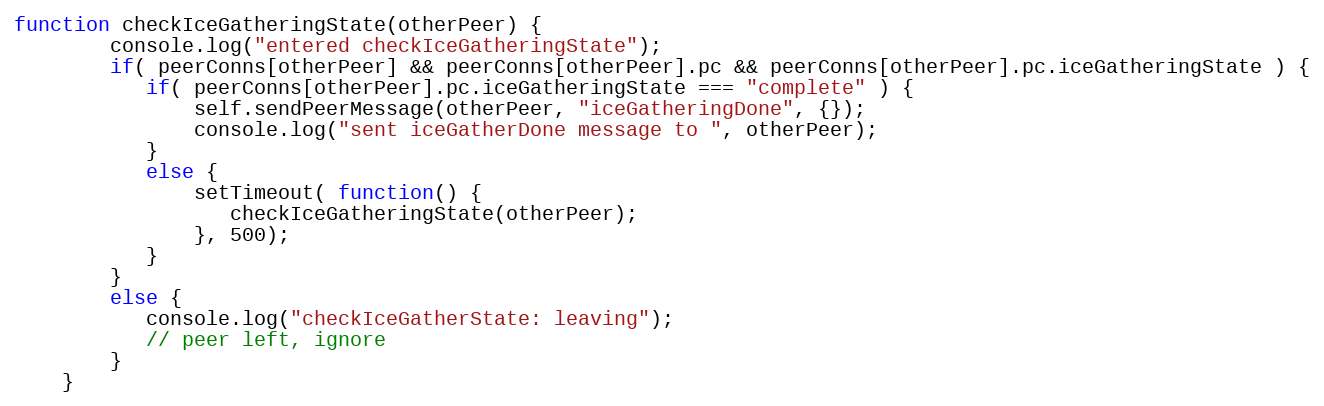
Language: JavaScript
function checkIceGatheringState(otherPeer) {
        console.log("entered checkIceGatheringState");
        if( peerConns[otherPeer] && peerConns[otherPeer].pc && peerConns[otherPeer].pc.iceGatheringState ) {
           if( peerConns[otherPeer].pc.iceGatheringState === "complete" ) {
               self.sendPeerMessage(otherPeer, "iceGatheringDone", {});
               console.log("sent iceGatherDone message to ", otherPeer);
           }
           else {
               setTimeout( function() {
                  checkIceGatheringState(otherPeer);
               }, 500);
           }
        }
        else {
           console.log("checkIceGatherState: leaving");
           // peer left, ignore
        }
    }